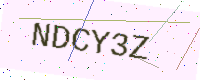
Text: NDCY3Z